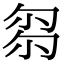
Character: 𠣧